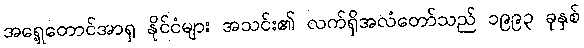
အရှေ့တောင်အာရှ နိုင်ငံများ အသင်း၏ လက်ရှိအလံတော်သည် ၁၉၉၃ ခုနှစ်